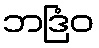
ဘဒြံဝ